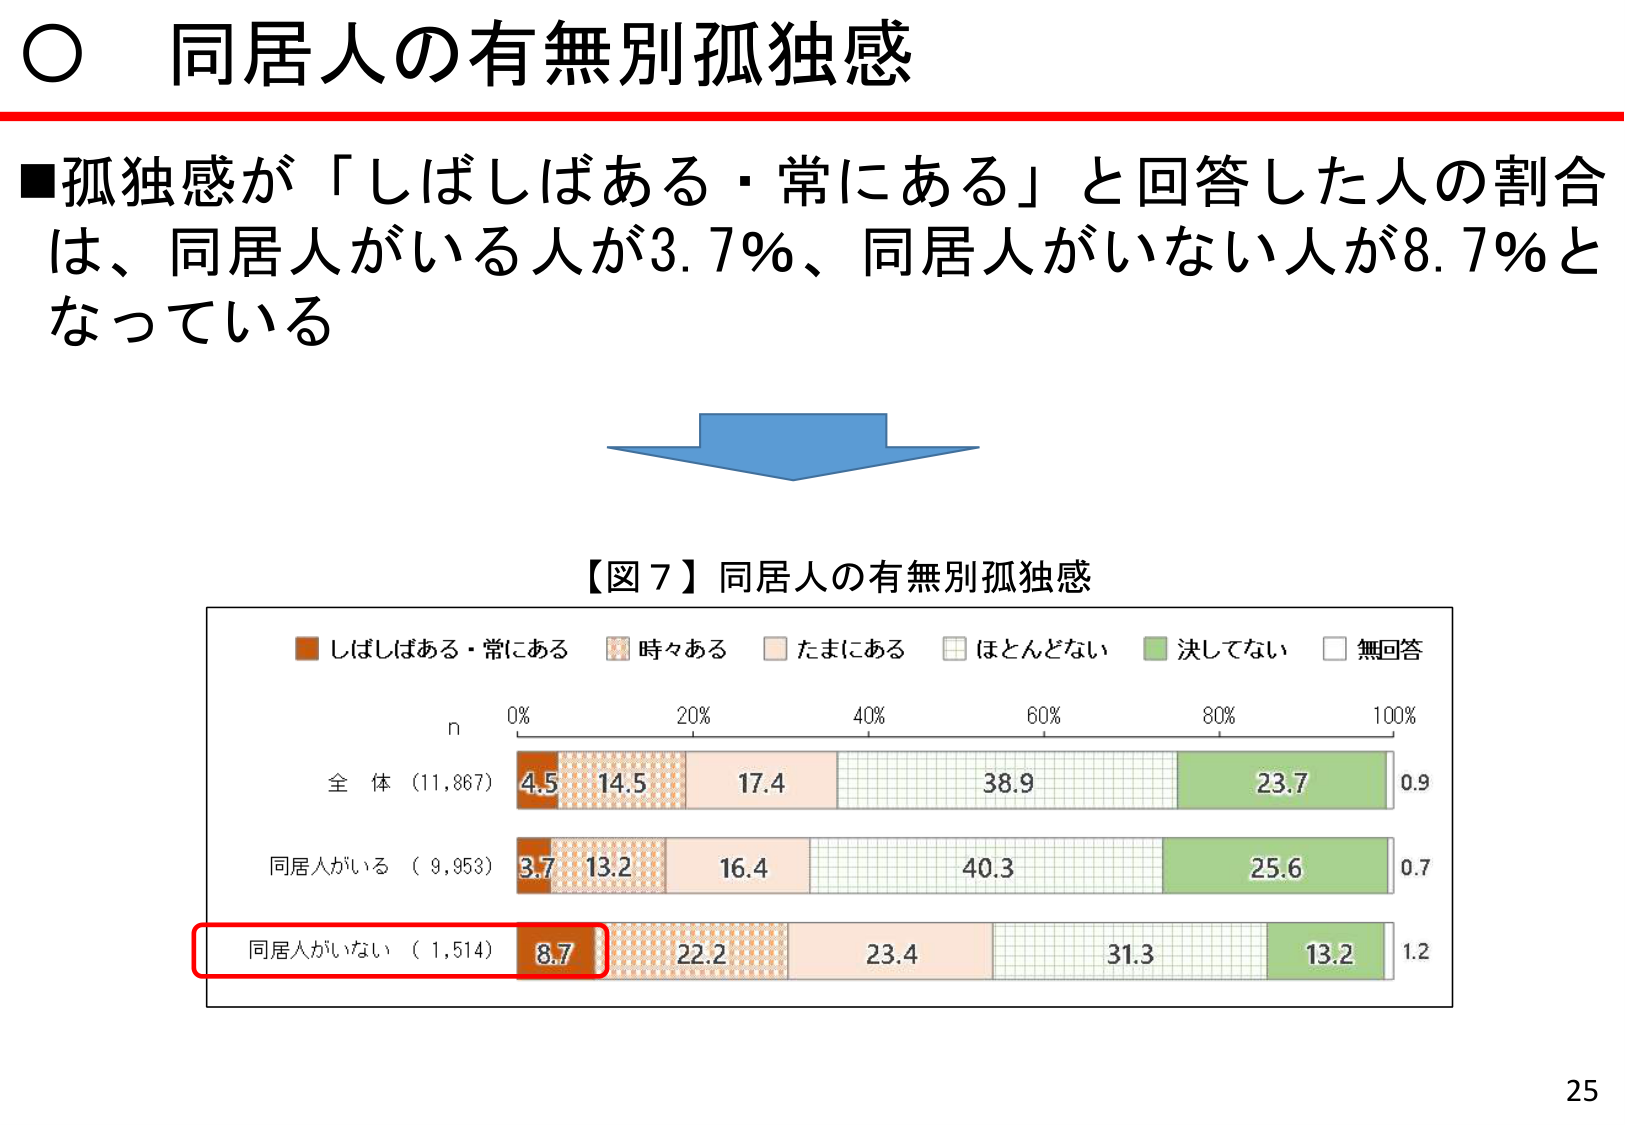
○ 同居人の有無別孤独感

■孤独感が「しばしばある・常にある」と回答した人の割合は、同居人がいる人が3.7％、同居人がいない人が8.7％となっている

【図７】同居人の有無別孤独感

■ しばしばある・常にある
■ 時々ある
■ たまにある
■ ほとんどない
■ 決してない
■ 無回答

n
0% 20% 40% 60% 80% 100%

全体（11,867） 4.5 14.5 17.4 38.9 23.7 0.9

同居人がいる（9,953） 3.7 13.2 16.4 40.3 25.6 0.7

同居人がいない（1,514） 8.7 22.2 23.4 31.3 13.2 1.2

25